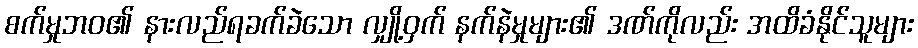
စက်မှုဘဝ၏ နားလည်ရခက်ခဲသော လျှို့ဝှက် နက်နဲမှုများ၏ ဒဏ်ကိုလည်း အထိခံနိုင်သူများ